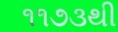
૧૧૭૩થી